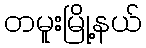
တမူးမြို့နယ်